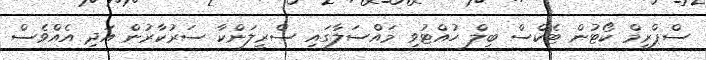
ސްޕްރީމް ކޯޓުން ޓެކްސް ބިލް ހުއްޓުވި މައްސަލާގައި ސްރީލަންކާ ސަރުކާރުން އަދި އެއްވެސް